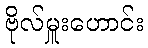
ဗိုလ်မှူးဟောင်း